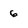
Character: 6